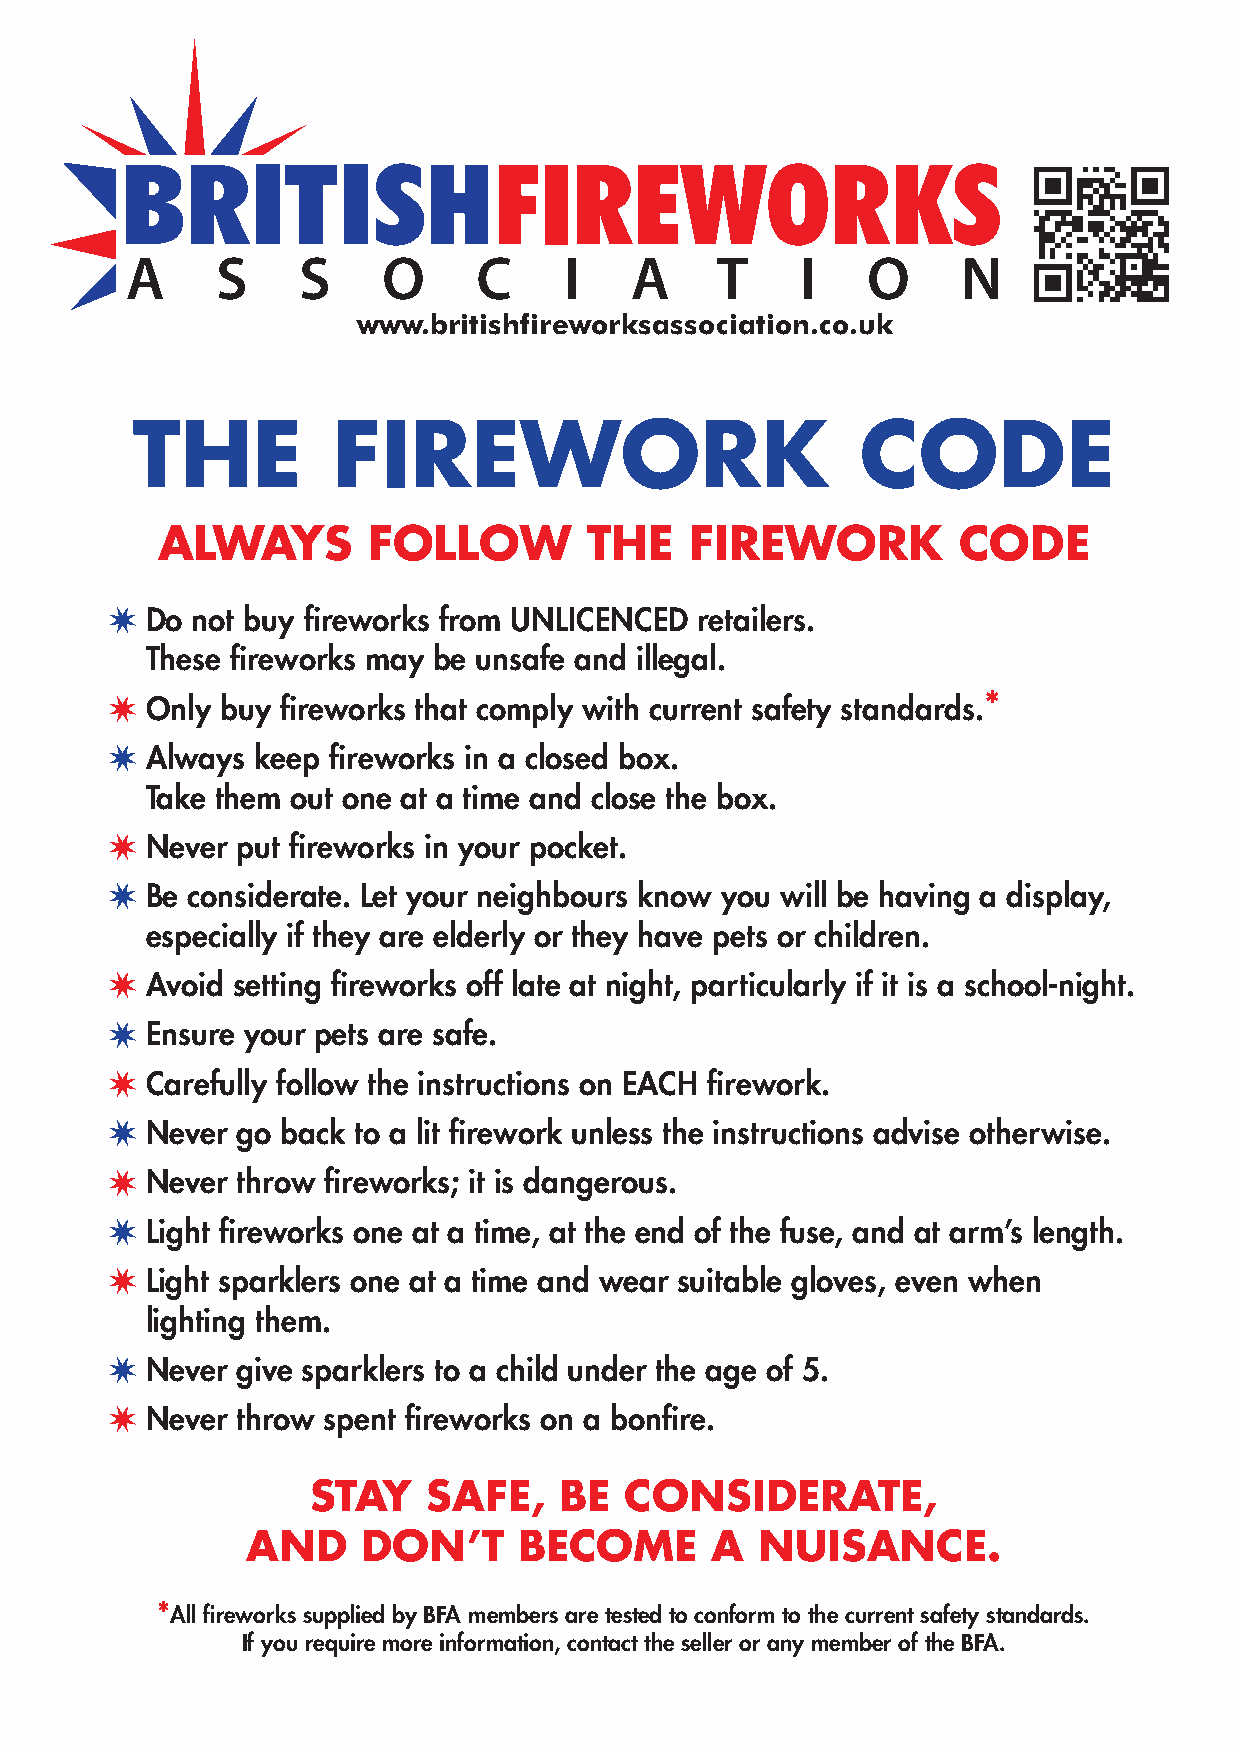
www.britishfireworksassociation.co.uk
 THE          FIREWORK                           CODE
 ALWAYS        FOLLOW         THE    FIREWORK         CODE
 ✷
 Do not buy fireworks from UNLICENCED retailers.
 These fireworks may be unsafe and illegal.
 ✷  Only buy fireworks that comply with current safety standards.*
 ✷
 Always keep fireworks in a closed box.
 Take them out one at a time and close the box.
 ✷
 Never put fireworks in your pocket.
 ✷
 Be considerate. Let your neighbours know you will be having a display,
 especially if they are elderly or they have pets or children.
 ✷
 Avoid setting fireworks off late at night, particularly if it is a school-night.
 ✷
 Ensure your pets are safe.
 ✷
 Carefully follow the instructions on EACH firework.
 ✷
 Never go back to a lit firework unless the instructions advise otherwise.
 ✷
 Never throw fireworks; it is dangerous.
 ✷
 Light fireworks one at a time, at the end of the fuse, and at arm’s length.
 ✷
 Light sparklers one at a time and wear suitable gloves, even when
 lighting them.
 ✷
 Never give sparklers to a child under the age of 5.
 ✷
 Never throw spent fireworks on a bonfire.
 STAY   SAFE,    BE  CONSIDERATE,
 AND     DON’T     BECOME       A  NUISANCE.
 *A ll fireworks supplied by BFA members are tested to conform to the current safety standards.
 If you require more information, contact the seller or any member of the BFA.